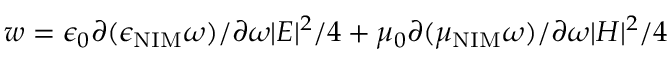
w = \epsilon _ { 0 } \partial ( \epsilon _ { \mathrm { N I M } } \omega ) / \partial \omega | E | ^ { 2 } / 4 + \mu _ { 0 } \partial ( \mu _ { \mathrm { N I M } } \omega ) / \partial \omega | H | ^ { 2 } / 4